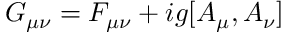
G _ { \mu \nu } = F _ { \mu \nu } + i g [ A _ { \mu } , A _ { \nu } ]